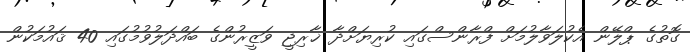
ގޮތުގެ ޕްލޭން އެކުލަވާލުމަށް ފްރާންސްގައި ކުރިޔަށްދާ ޚާރިޖީ ވަޒީރުންގެ ބައްދަލުވުމުގައި 40 ޤައުމަކުން